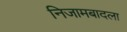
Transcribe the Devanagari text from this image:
निजामबादला